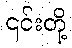
၎င်းတို့